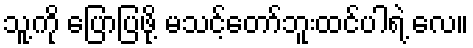
သူ့ကို ပြောပြဖို့ မသင့်တော်ဘူးထင်ပါရဲ့ လေ။